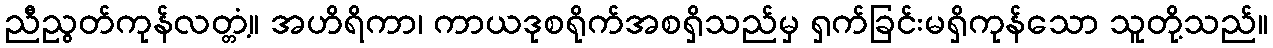
ညီညွတ်ကုန်လတ္တံ့။ အဟိရိကာ၊ ကာယဒုစရိုက်အစရှိသည်မှ ရှက်ခြင်းမရှိကုန်သော သူတို့သည်။